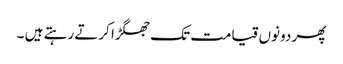
پھر دونوں قیامت تک جھگڑا کرتے رہتے ہیں ۔